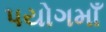
પયોગમાઁ